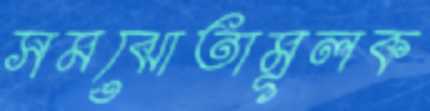
সমঝোতামূলক